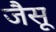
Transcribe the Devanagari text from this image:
जैसू